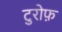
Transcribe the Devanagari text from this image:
टुरोफ़